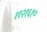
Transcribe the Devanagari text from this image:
११२१६१०